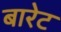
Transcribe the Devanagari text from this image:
बारेट